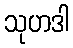
သုဟဒါ